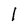
Character: 1